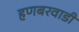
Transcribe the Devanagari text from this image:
हणबरवाडी